Civil Veterinary Department Bengal reports 1933-51 - 1933-1951
Year: 1933
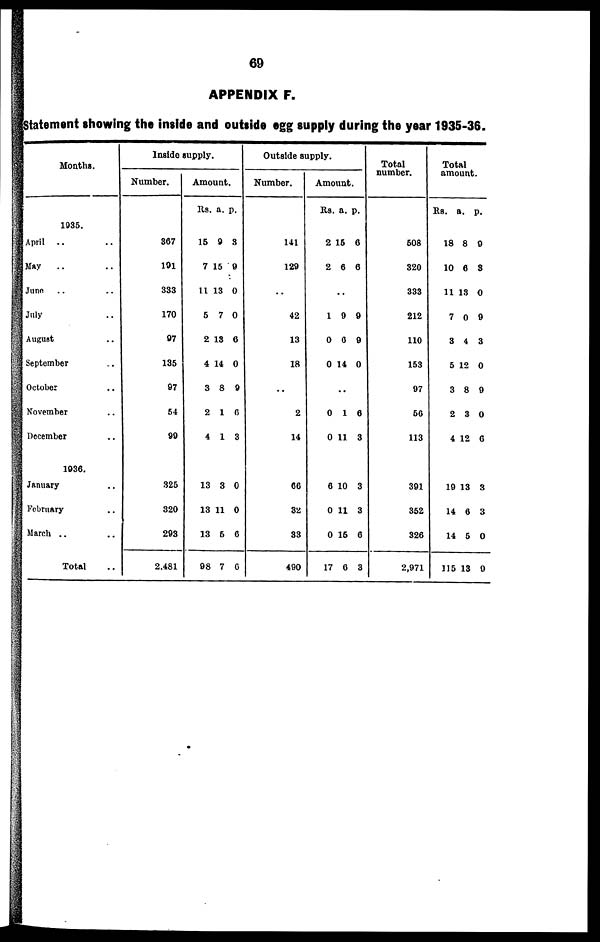
69
APPENDIX F.
Statement showing the inside and outside egg supply during the year 1935-36.
Months.
1935.
April .. ..
May .. ..
Juno .. ..
July ..
August ..
September ..
October ..
November ..
December ..
1936.
January ..
February ..
March .. ..
Total ..
Inside supply.
Number.
367
191
333
170
97
135
97
54
99
325
320
293
2.481
Amount.
Rs. a. p.
15
7
11
5
2
4
3
2
4
9
15
13
7
13
14
8
16
1
3
9
0
0
6
0
9
3
13
13
13
98
3
11
5
7
0
0
6
6
Outside supply.
Number.
141
129
..
42
13
18
..
2
14
66
32
33
490
Amount.
Rs. a. p.
2
2
15
6
6
6
..
1
06
0
9
14
9
9
0
..
0
0
1
11
6
3
6
0
0
17
10
11
15
6
3
3
6
3
Total
number.
508
320
333
212
110
153
97
56
113
391
352
326
2,971
Total
amount.
Rs. a. p.
18
10
11
7
3
5
3
2
4
8
6
13
0
4
12
8
3
12
9
8
0
9
3
0
9
0
6
19
14
14
115
13
6
5
13
3
3
0
9